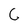
Character: C